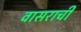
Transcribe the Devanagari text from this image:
वासराची